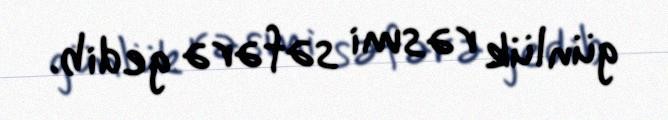
günlük rəsmi səfərə gedib.